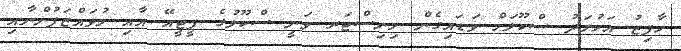
ހާފިޒު އަހުމަދު ސްކޫލަށް ވަޑައިގެން މިނިސްޓަރ ވަނީ ސްކޫލުގެ ޕީޓީއޭ އާއި މުވައްޒަފުންނާއި